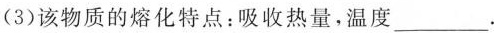
(3)该物质的熔化特点：吸收热量，温度___.